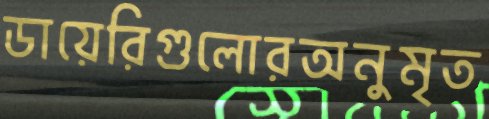
ডায়েরিগুলোরঅনুমৃত